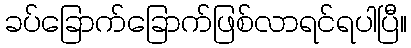
ခပ်ခြောက်ခြောက်ဖြစ်လာရင်ရပါပြီ။